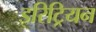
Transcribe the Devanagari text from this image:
इरिट्रियन